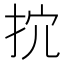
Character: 抭